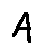
A